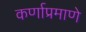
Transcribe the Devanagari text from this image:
कर्णाप्रमाणे